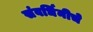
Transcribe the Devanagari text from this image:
संवर्धिनीचे